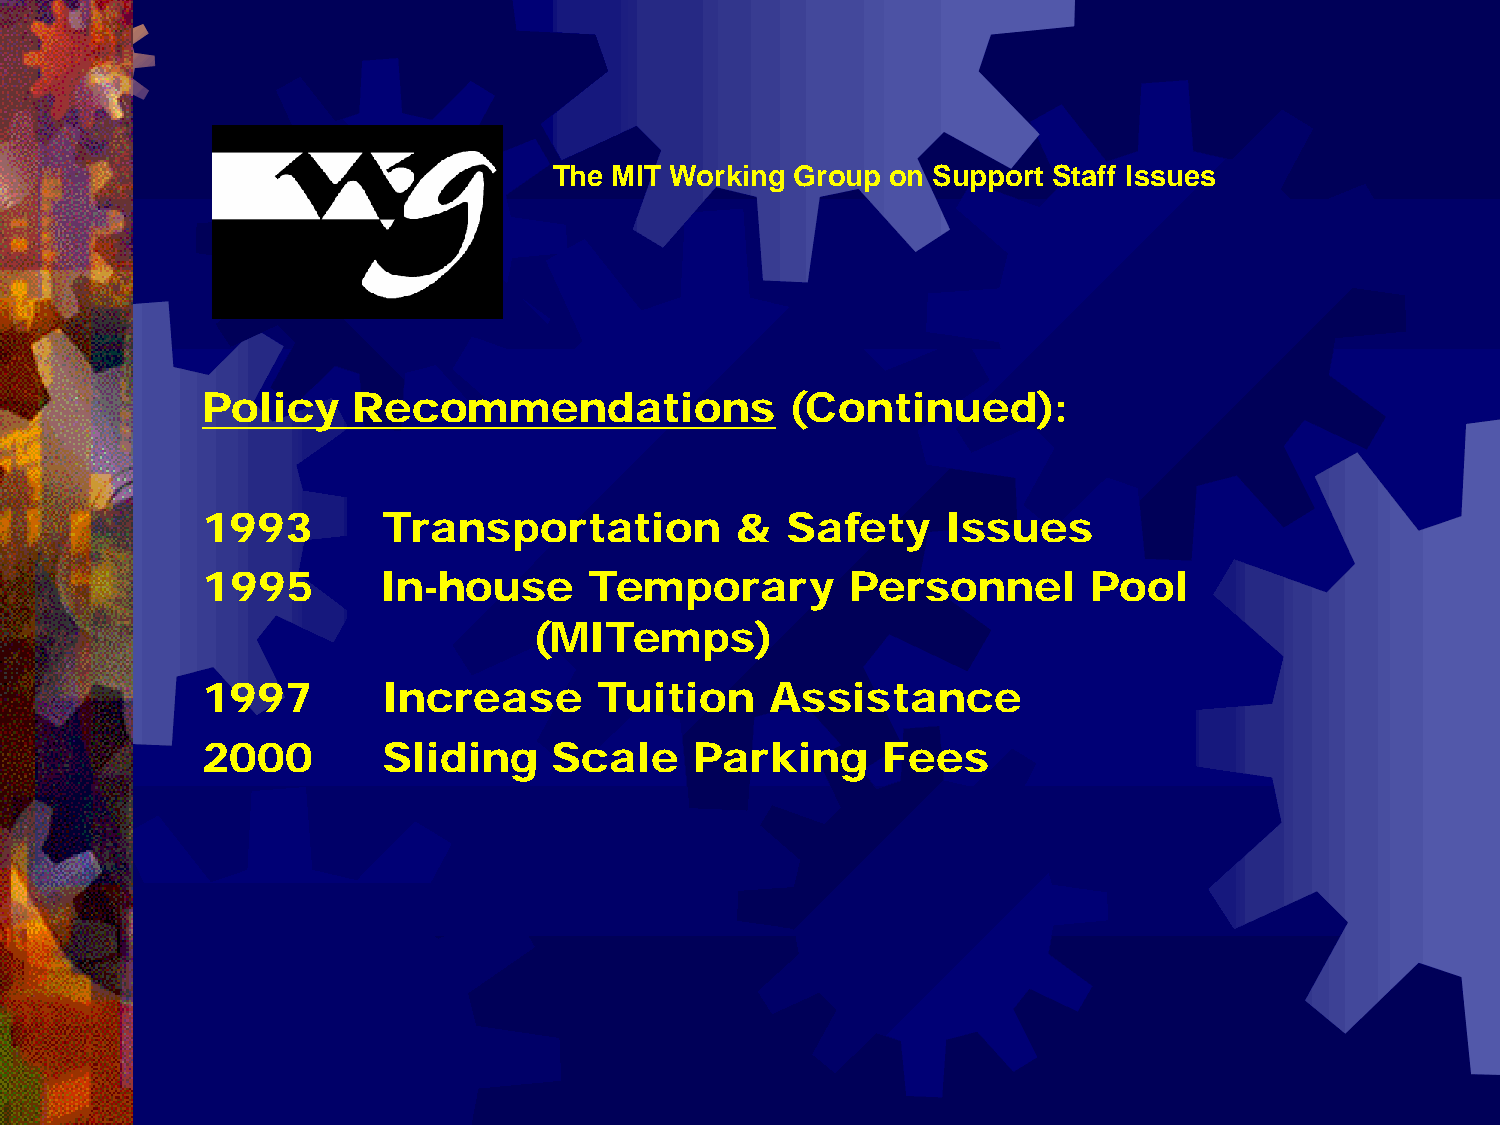
The MIT Working Group on Support Staff Issues
 Policy    Recommendations              (Continued):
 1993        Transportation          &  Safety     Issues
 1995        In-house      Temporary        Personnel       Pool
 (MITemps)
 1997        Increase       Tuition    Assistance
 2000        Sliding     Scale    Parking     Fees